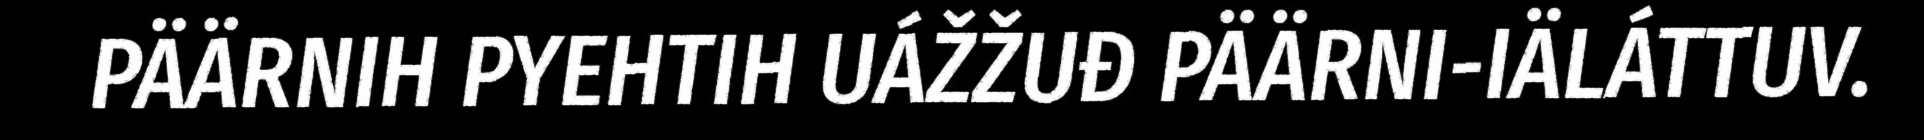
PÄÄRNIH PYEHTIH UÁŽŽUĐ PÄÄRNI-IÄLÁTTUV.